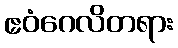
ဧဝံဂေလိတရား